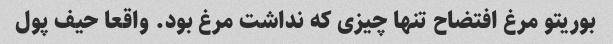
بوریتو مرغ افتضاح تنها چیزى که نداشت مرغ بود. واقعا حیف پول